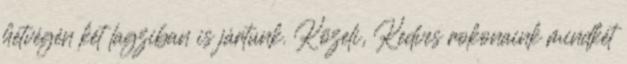
hétvégén két lagziban is jártunk. Közeli, Kedves rokonaink mindkét